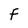
Character: F